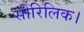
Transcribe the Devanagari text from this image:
सीरिलिक।